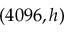
( 4 0 9 6 , h )